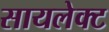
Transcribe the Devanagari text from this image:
सायलेक्ट